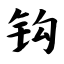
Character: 钩